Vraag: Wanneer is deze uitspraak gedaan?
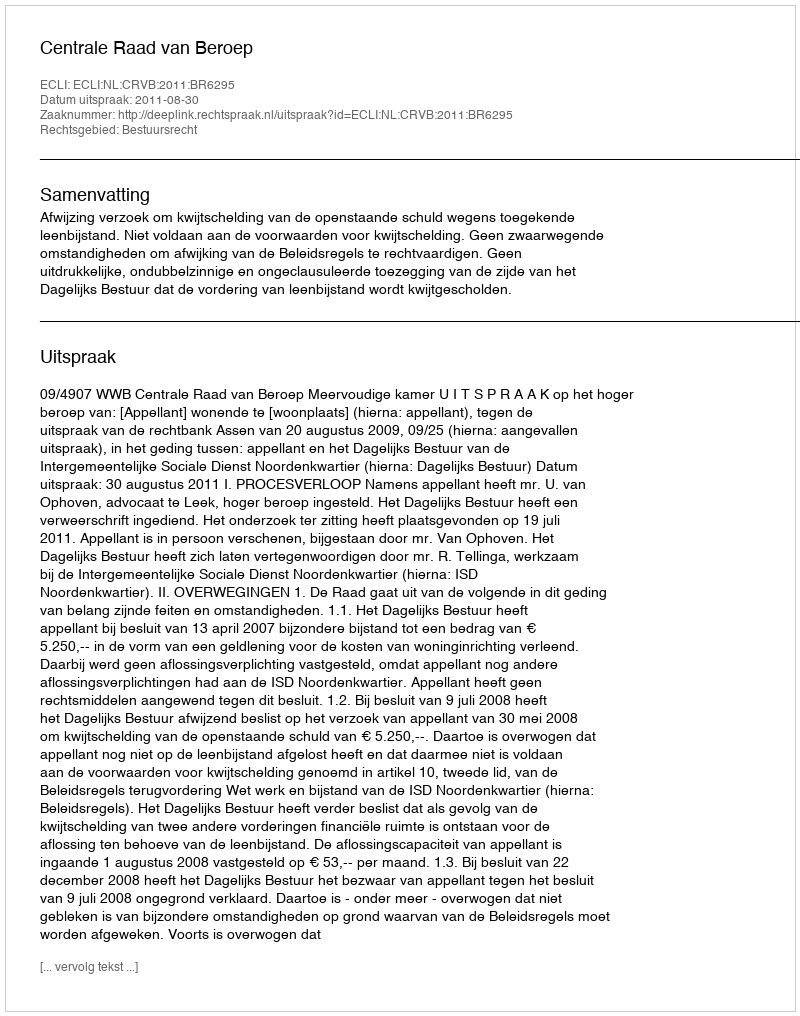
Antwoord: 2011-08-30